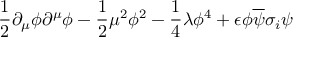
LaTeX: \frac { 1 } { 2 } \partial _ { \mu } \phi \partial ^ { \mu } \phi - \frac { 1 } { 2 } \mu ^ { 2 } \phi ^ { 2 } - \frac { 1 } { 4 } \lambda \phi ^ { 4 } + \epsilon \phi \overline { { { \psi } } } \sigma _ { i } \psi